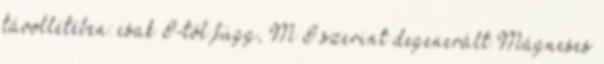
távollétében: csak I-től függ, M I szerint degenerált Mágneses